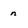
Character: n